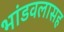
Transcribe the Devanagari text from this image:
भांडवलासह